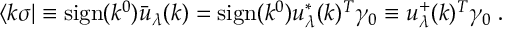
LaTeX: \langle k \sigma | \equiv \mathrm { s i g n } ( k ^ { 0 } ) \bar { u } _ { \lambda } ( k ) = \mathrm { s i g n } ( k ^ { 0 } ) u _ { \lambda } ^ { * } ( k ) ^ { T } \gamma _ { 0 } \equiv u _ { \lambda } ^ { + } ( k ) ^ { T } \gamma _ { 0 } \; .